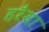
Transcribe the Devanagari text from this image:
हरैया